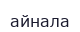
айнала